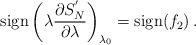
LaTeX: \begin{align*}\mbox{sign}\left( \lambda {\partial S^{'}_N \over \partial \lambda}\right)_{\lambda_0} = \mbox{sign} (f_2) \, .\end{align*}